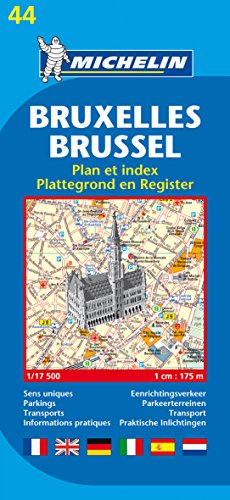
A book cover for Michelin Map Brussels #44 (Maps/City (Michelin)); Michelin; Travel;